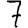
Digit: 7